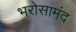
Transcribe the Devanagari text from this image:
भरोसामंद